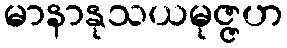
မာနာနုသယမုဇ္ဇဟ